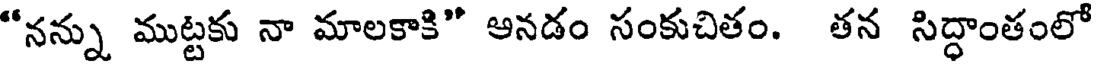
"నన్ను ముట్టకు నా మాలకాకి" అనడం సంకుచితం. తన సిద్ధాంతంలో